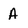
Character: A